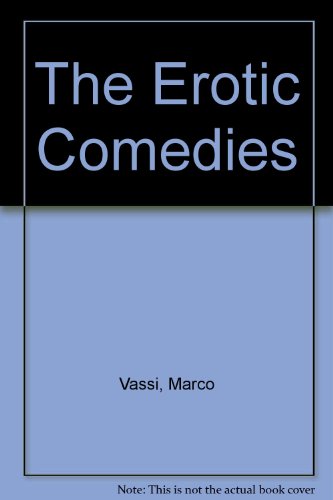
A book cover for The Erotic Comedies; Marco Vassi; Romance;